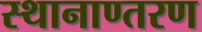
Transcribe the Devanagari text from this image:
स्थानाण्तरण